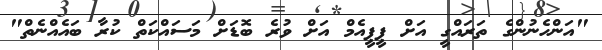
"އަންހެނުންގެ ތަރައްގީ އަށް ޕީޕީއެމް އަށް ވުރެ ބޮޑަށް މަސައްކަތް ކުރާ ބައެއްނެތް"